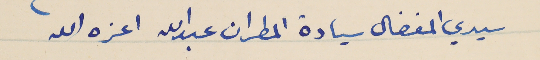
سيدي المفضال سيادة المطران عبدالله اعزه الله